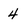
Character: 4